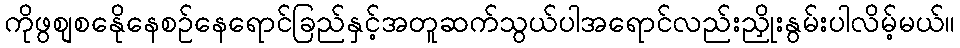
ကိုဖွစျစနေိုနေစဉ်နေရောင်ခြည်နှင့်အတူဆက်သွယ်ပါအရောင်လည်းညှိုးနွမ်းပါလိမ့်မယ်။